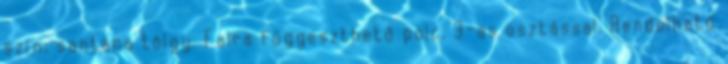
szín: santana tölgy. Falra függeszthető polc, 3-as osztással. Rendelhető